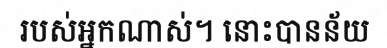
របស់អ្នកណាស់។ នោះបានន័យ